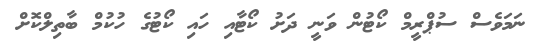
ނަމަވެސް ސުޕްރީމް ކޯޓުން ވަނީ ދަށު ކޯޓާއި ހައި ކޯޓުގެ ހުކުމް ބާތިލްކޮށް